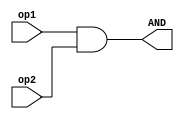
module MA(
input  op1,op2,
output AND
);

assign AND=op1&op2;

endmodule